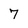
Character: 7